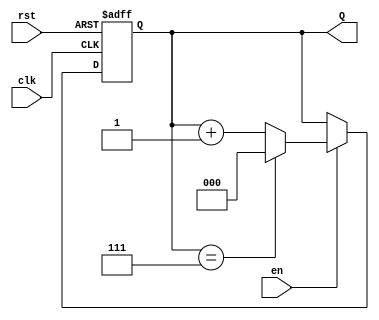
module binary_up_counter (
    input wire clk,        // Clock signal
    input wire rst,        // Asynchronous reset
    input wire en,         // Enable signal
    output reg [n-1:0] Q   // Counter output (n-bit)
);
    parameter n = 3;       // Number of bits for the counter (can be modified)

    // Always block triggered on the rising edge of the clock or reset
    always @(posedge clk or posedge rst) begin
        if (rst) begin
            Q <= 0;        // Reset the counter to 0
        end else if (en) begin
            if (Q == (2**n - 1)) begin
                Q <= 0;    // Wrap around to 0 if maximum value is reached
            end else begin
                Q <= Q + 1; // Increment the counter
            end
        end
    end
endmodule